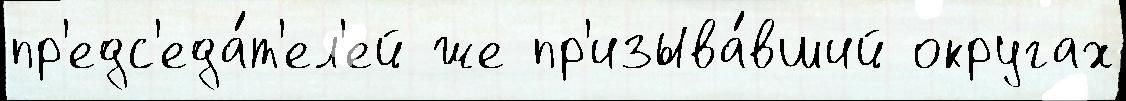
пр'едс'еда́т'ел'ей же пр'изыва́вший округах